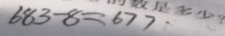
6 8 3 - 8 = 6 7 7 \cdot